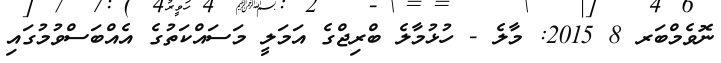
ނޮވެމްބަރ 8 2015: މާލެ - ހުޅުމާލެ ބްރިޖްގެ އަމަލީ މަސައްކަތުގެ އެއްބަސްވުމުގައި